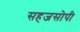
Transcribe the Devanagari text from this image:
सहजसोपी